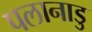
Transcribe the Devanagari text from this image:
पलानाडु